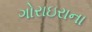
ગોરાઇરાના